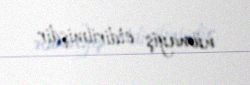
nümayiş etdirilmişdir.